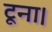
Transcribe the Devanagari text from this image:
टूना।